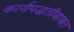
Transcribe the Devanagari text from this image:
कार्यपद्धतीबाबत